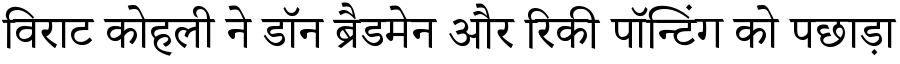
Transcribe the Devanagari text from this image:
विराट कोहली ने डॉन ब्रैडमेन और रिकी पॉन्टिंग को पछाड़ा